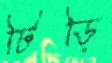
টিড়ি